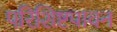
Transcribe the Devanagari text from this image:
परिशिष्टपावन